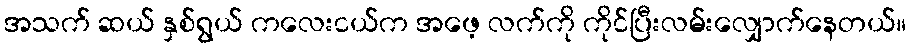
အသက် ဆယ် နှစ်ရွယ် ကလေးငယ်က အဖေ့ လက်ကို ကိုင်ပြီးလမ်းလျှောက်နေတယ်။